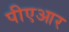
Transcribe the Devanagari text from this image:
पीएआर